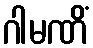
ဂါမဏိံ